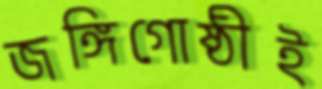
জঙ্গিগোষ্ঠীই